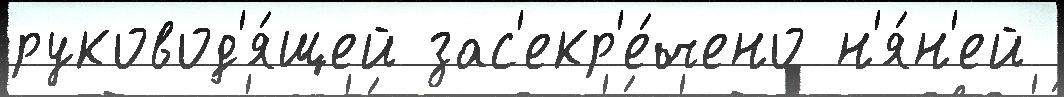
руковод'я́щей зас'екр'е́чено н'я́н'ей